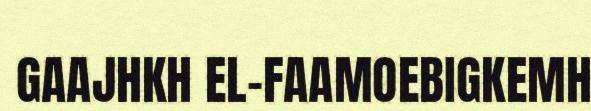
GAAJHKH EL-FAAMOEBIGKEMH